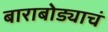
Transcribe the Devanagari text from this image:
बाराबोड्याचं